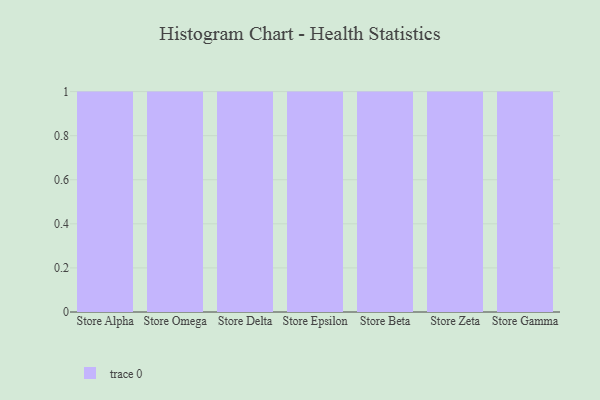
{"axis": {"x": "Store", "y": "Active Users"}, "legend": [""], "data": [{"x": "Store Alpha", "y": 4, "type": ""}, {"x": "Store Omega", "y": 11, "type": ""}, {"x": "Store Delta", "y": 17, "type": ""}, {"x": "Store Epsilon", "y": 94, "type": ""}, {"x": "Store Beta", "y": 27, "type": ""}, {"x": "Store Zeta", "y": 84, "type": ""}, {"x": "Store Gamma", "y": 25, "type": ""}]}